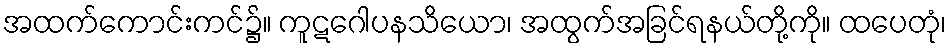
အထက်ကောင်းကင်၌။ ကူဋဂေါပနသိယော၊ အထွက်အခြင်ရနယ်တို့ကို။ ထပေတုံ၊